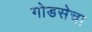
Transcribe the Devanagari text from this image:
गोडसेचा